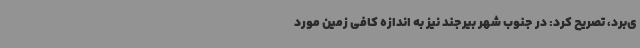
ی‌برد، تصریح کرد: در جنوب شهر بیرجند نیز به اندازه کافی زمین مورد